38_143685_box7_Incident_Summaries_1-100
Agency: Department of War
Page 122
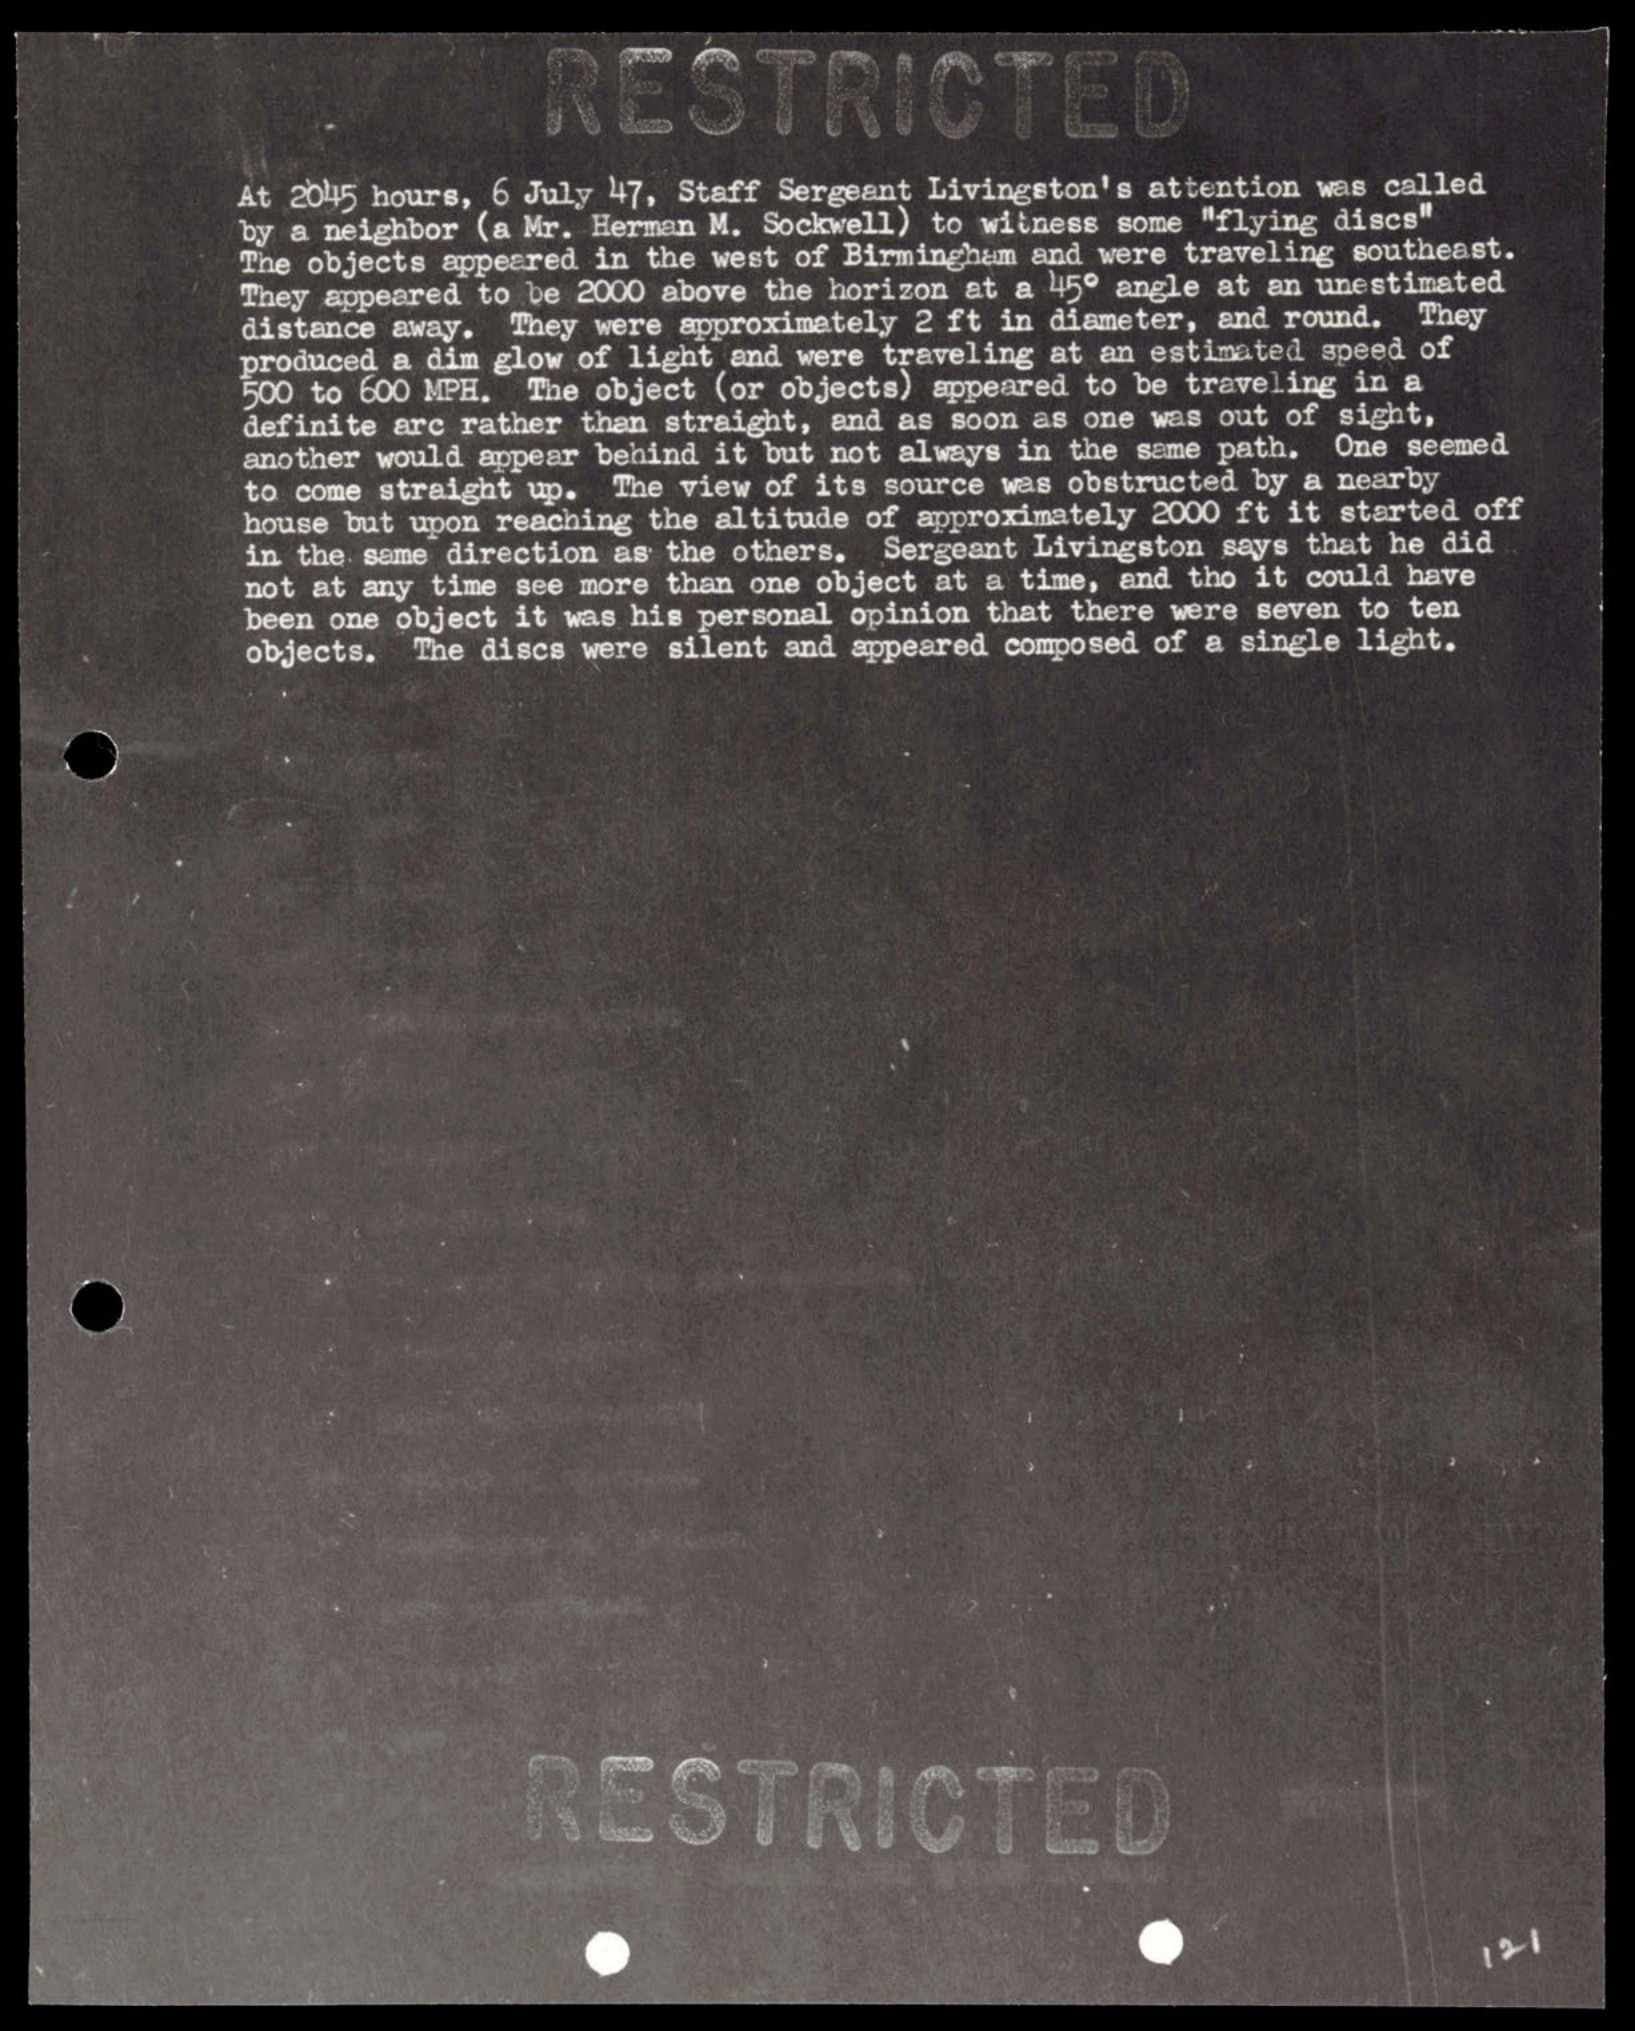